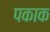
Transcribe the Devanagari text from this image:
पकाक